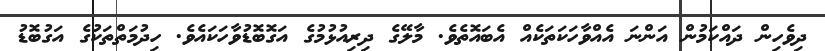
ދިވެހިން ދައްކަމުން އަންނަ އެއްވާހަކަތަކެއް އެބައޮތެވެ. މާލޭގެ ދިރިއުޅުމުގެ އަގޮބޮޑުވާހަކައެވެ. ހިދުމަތްތަކުގެ އަގުބޮޑު